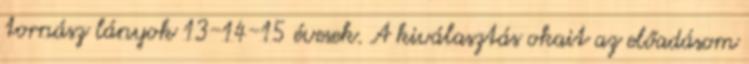
tornász lányok 13-14-15 évesek. A kiválasztás okait az előadásom